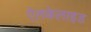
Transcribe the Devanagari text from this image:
ऐलकेलाइड